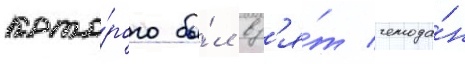
кото́рого бы́л вз'я́т чемода́н